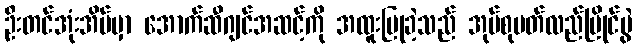
ဦးတင်အုံးအိမ်မှာ အောက်ဆီဂျင်အဆင့်ကို အထူးပြုခဲ့သည် အုပ်စုပတ်လည်ပြိုင်ပွဲ